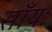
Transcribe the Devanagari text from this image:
साँयः